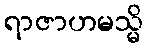
ရာဇာဟမသ္မိ